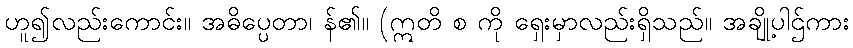
ဟူ၍လည်းကောင်း။ အဓိပ္ပေတာ၊ န်၏။ (ဣတိ စ ကို ရှေးမှာလည်းရှိသည်။ အချို့ပါဌ်ကား